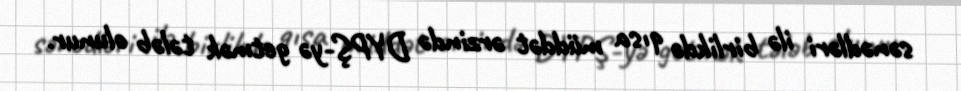
sənədləri ilə birlikdə qısa müddət ərzində DYPŞ-yə getmək tələb olunur.